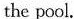
the pool.